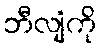
ဘီလျံကို